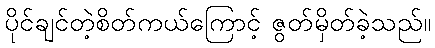
ပိုင်ချင်တဲ့စိတ်ကယ်ကြောင့် ဇွတ်မှိတ်ခဲ့သည်။